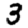
Digit: 3